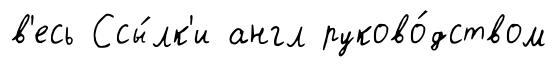
в'есь Ссы́лк'и англ руково́дством